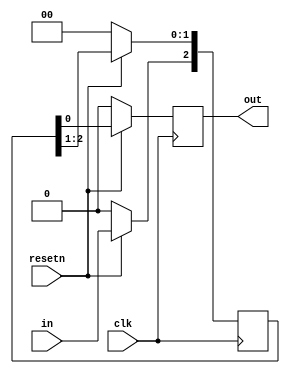
module top_module (
    input clk,
    input resetn,   // synchronous reset
    input in,
    output out);
    
    wire [2:0] r;
    
    always @(posedge clk) begin
        if (~resetn) begin
            r[2:0] <= 3'b0;
            out <= 1'b0;
        end
        else begin
            r[2] <= in;
            r[1:0] <= r[2:1];
            out <= r[0];
        end
    end
            

endmodule